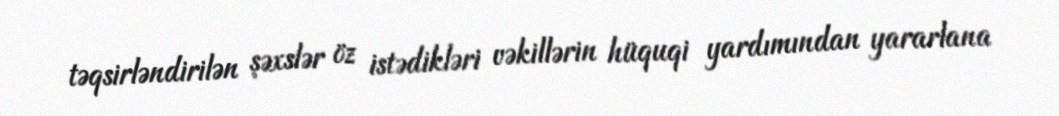
təqsirləndirilən şəxslər öz istədikləri vəkillərin hüquqi yardımından yararlana